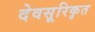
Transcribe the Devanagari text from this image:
देवसूरिकृत